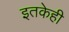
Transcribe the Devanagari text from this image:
इतकेही